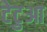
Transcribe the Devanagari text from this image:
टेटुआ